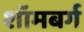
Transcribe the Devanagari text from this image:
शॉमबर्ग